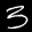
Label: 3